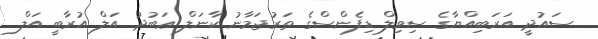
ސައުދީ އަރަބިއްޔާގެ ސިވިލް ޑިފެންސްގެ ތަރުޖަމާނު ކާނަލް ޢަބުދު އަލް އުރާބީ އަލް